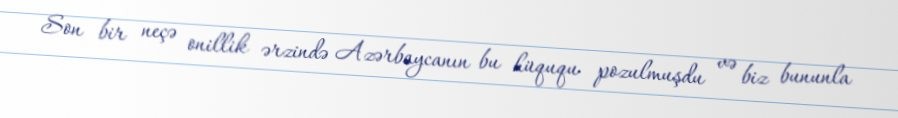
Son bir neçə onillik ərzində Azərbaycanın bu hüququ pozulmuşdu və biz bununla